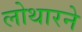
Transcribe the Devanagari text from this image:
लोथारने